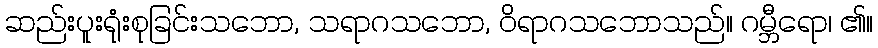
ဆည်းပူးရုံးစုခြင်းသဘော, သရာဂသဘော, ဝိရာဂသဘောသည်။ ဂမ္ဘီရော၊ ၏။